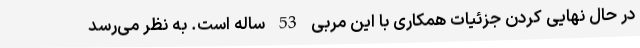
در حال نهایی کردن جزئیات همکاری با این مربی 53 ساله است. به نظر می‌رسد